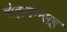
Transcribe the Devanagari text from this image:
बोझमनसह